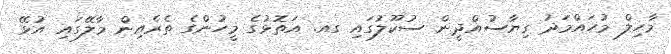
މާހިލް މުހައްމަދު ގިޔާސުއްދީން ސުކޫލުގައި ގއ. އަތޮޅުގެ މީހުންގެ ތެރެއިން މާލޭގައި އުޅޭ